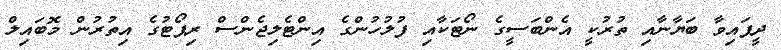
ދީފައިވާ ބަޔާނާއި ތުރުކީ އެންބަސީގެ ނޯޓަކާއި ފުލުހުންގެ އިންޓެލިޖެންސް ރިޕޯޓުގެ އިތުރުން މޮބައިލް